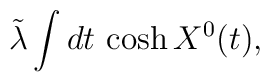
\tilde{\lambda}\int dt\,\cosh X^0(t),